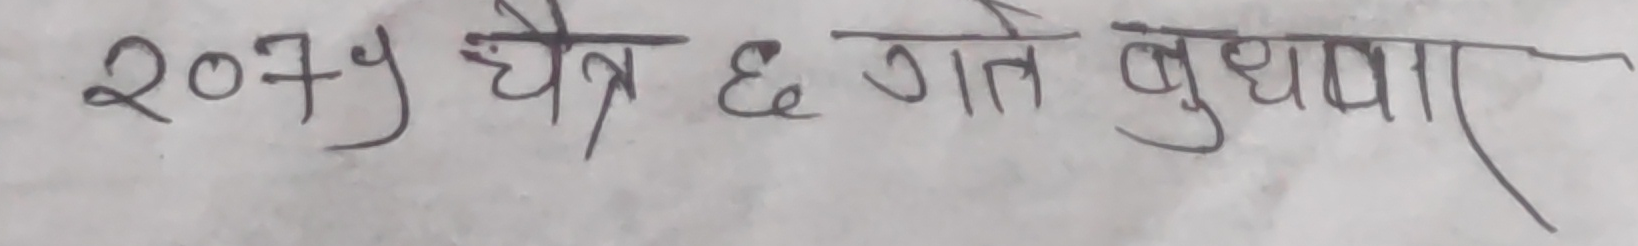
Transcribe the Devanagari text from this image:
2079 चैत्र ६ गते बुधवार